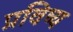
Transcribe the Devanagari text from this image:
प्रविष्य